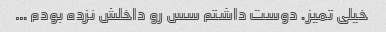
خیلی تمیز. دوست داشتم سس رو داخلش نزده بودم …